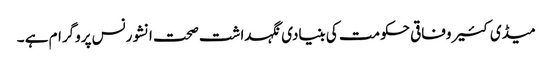
میڈی کئیر وفاقی حکومت کی بنیادی نگہداشت صحت انشورنس پروگرام ہے ۔